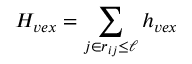
H _ { v e x } = \sum _ { j \in r _ { i j } \leq \ell } h _ { v e x }